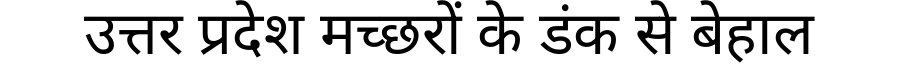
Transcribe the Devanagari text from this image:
उत्तर प्रदेश मच्छरों के डंक से बेहाल